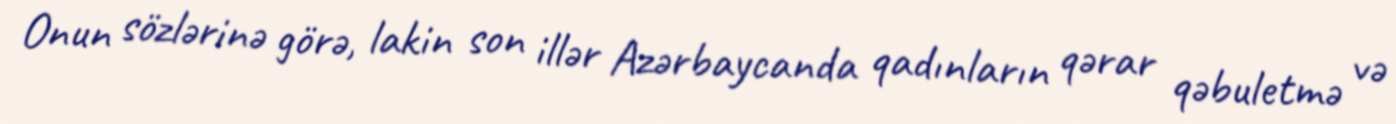
Onun sözlərinə görə, lakin son illər Azərbaycanda qadınların qərar qəbuletmə və